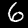
Digit: 6